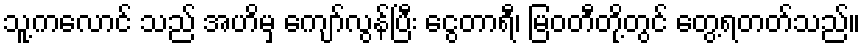
သူ့ကလောင် သည် အဟိမှ ကျော်လွန်ပြီး ငွေတာရီ၊ မြဝတီတို့တွင် တွေ့ရတတ်သည်။